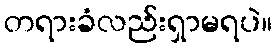
တရားခံလည်းရှာမရပဲ။